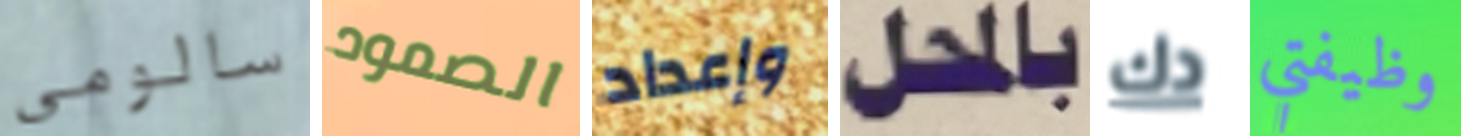
سالومي الصمود وإعداد بالمحل دك وظيفتي